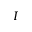
I